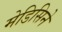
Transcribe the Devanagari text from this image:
मेडिसिने